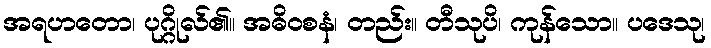
အရဟတော၊ ပုဂ္ဂိုလ်၏။ အဓိဝစနံ၊ တည်း။ တီသုပိ၊ ကုန်သော။ ပဒေသု၊